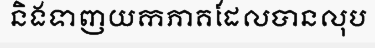
និងទាញយកភាគដែលបានលុប